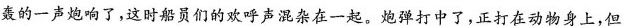
轰的一声炮响了，这时船员们的欢呼声混杂在一起。炮弹打中了，正打在动物身上，但